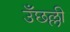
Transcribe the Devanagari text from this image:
उँछल्ली